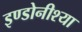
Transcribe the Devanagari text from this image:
इण्डोनीश्या